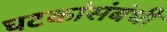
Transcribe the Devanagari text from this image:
घटकांसंबंधी